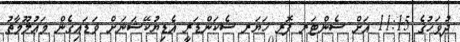
ދުވަހުގެ 11:15 އަށް ސެންޓަރ ފޮރ ހަޔަރ ސެކަންޑަރީ އެޑިޔުކޭޝަނަށް ވަޑައިގެން މަޢުލޫމާތު